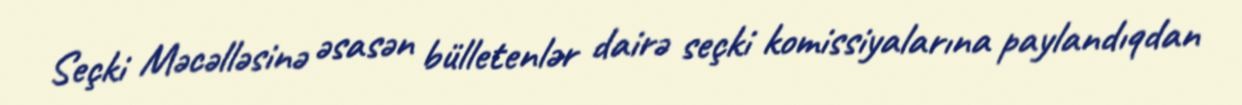
Seçki Məcəlləsinə əsasən bülletenlər dairə seçki komissiyalarına paylandıqdan